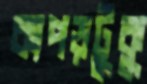
কাপড়টুকু